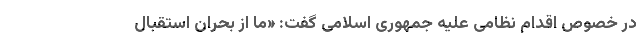
در خصوص اقدام نظامی علیه جمهوری اسلامی گفت: «ما از بحران استقبال